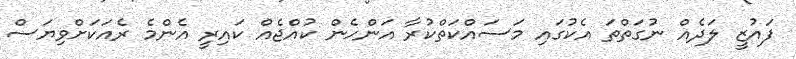
ފައުޒީ ލަދެއް ނުގަތްތަ އެކުގައި މަސައްކަތްކުރާ އަންހެން ކުއްޖެއް ކައިރީ އެންމެ ރެއަކަށްވިޔަސް